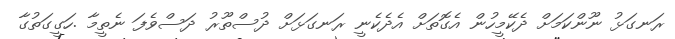
ރަނގަޅު ނޫންކަމަށް ދެކޭމީހުން އެގޮތަށް އެދެކެނީ ރަނގަޅަށް ދުސްތޫރު ދަސްވެފަ ނެތީމާ .ހަގީގަތުގާ